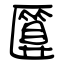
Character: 匴